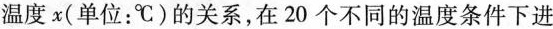
温度 x(单位：℃)的关系，在20 个不同的温度条件下进sheshid